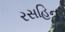
રસહિન